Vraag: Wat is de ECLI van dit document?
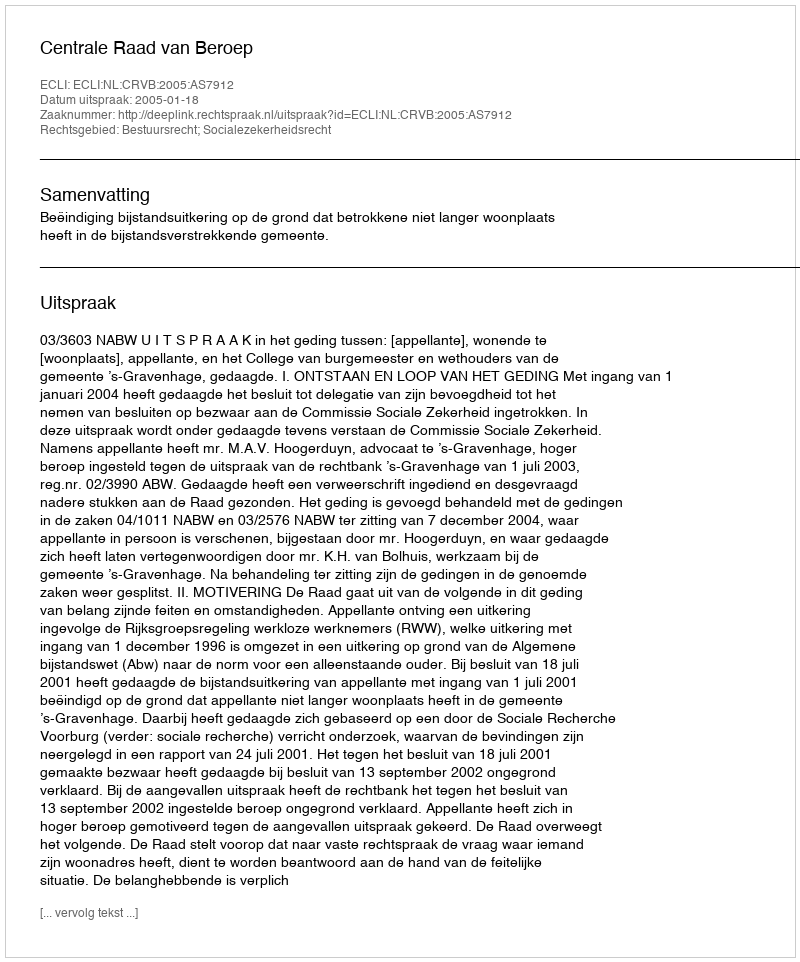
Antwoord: ECLI:NL:CRVB:2005:AS7912